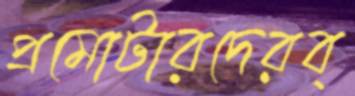
প্রমোটারদেরব্